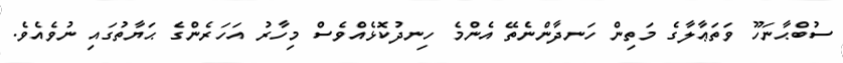
ސުބްޙާނަހޫ ވަތަޢާލާގެ މަތިން ހަނދާންނެތޭ އެންމެ ހިނދުކޮޅެއްވެސް މިހާރު އަހަރެންގެ ޙަޔާތުގައި ނުވެއެވެ.